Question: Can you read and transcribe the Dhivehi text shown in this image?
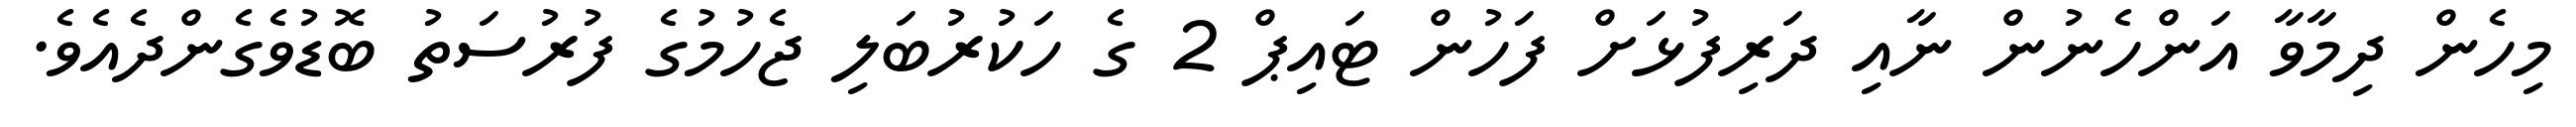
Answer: މިހެން ދިމާވާ އަންހެނުން ނާއި ދަރިފުޅަށް ފަހުން ޓައިޕް 2 ގެ ހަކުރުބަލި ޖެހުމުގެ ފުރުސަތު ބޮޑުވެގެންދެއެވެ.